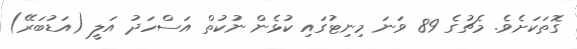
ގޮތަކަށެވެ. މެޗުގެ 89 ވަނަ މިނިޓުގައި ކުޅެން ނުކުތް އަސްހަދު އަލީ (އަޑުބަރޭ)